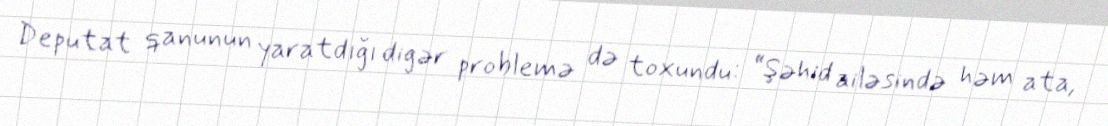
Deputat qanunun yaratdığı digər problemə də toxundu: “Şəhid ailəsində həm ata,